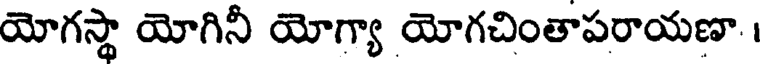
యోగస్థా యోగినీ యోగ్యా యోగచింతాపరాయణా